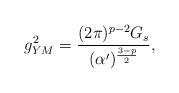
\begin{align*} g^2_{YM}=\frac{(2\pi)^{p-2}G_s}{(\alpha')^{\frac{3-p}{2}}},\end{align*}